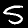
Digit: 5